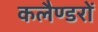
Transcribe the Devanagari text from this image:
कलैण्डरों